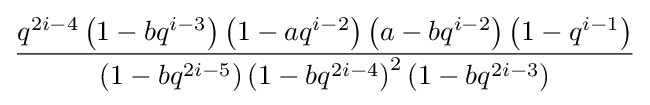
{\frac {q^{2i-4}\left(1-bq^{i-3}\right)\left(1-aq^{i-2}\right)\left(a-bq^{i-2}\right)\left(1-q^{i-1}\right)}{\left(1-bq^{2i-5}\right)\left(1-bq^{2i-4}\right)^{2}\left(1-bq^{2i-3}\right)}}